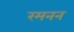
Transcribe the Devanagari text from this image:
रमनन